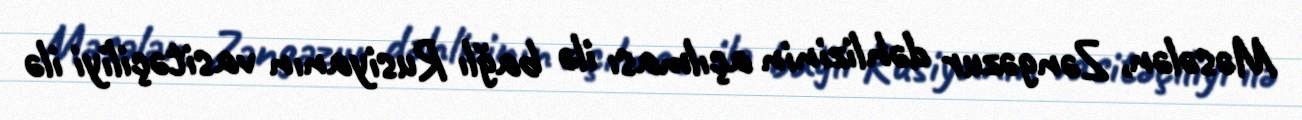
Məsələn, Zəngəzur dəhlizinin açılması ilə bağlı Rusiyanın vasitəçiliyi ilə